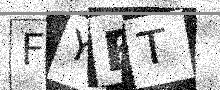
Text: FYBT